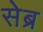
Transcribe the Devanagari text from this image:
सेब्र